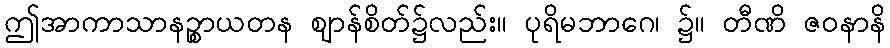
ဤအာကာသာနဉ္စာယတန ဈာန်စိတ်၌လည်း။ ပုရိမဘာဂေ၊ ၌။ တီဏိ ဇဝနာနိ